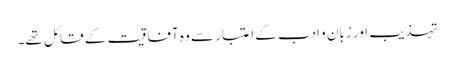
تہذیب اور زبان و ادب کے اعتبار سے وہ آفاقیت کے قائل تھے۔